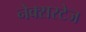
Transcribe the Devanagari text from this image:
नेक्सस्टेज